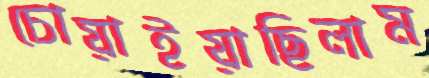
চোয়াইয়াছিলাম